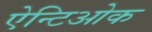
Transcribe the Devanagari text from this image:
ऐन्टिओक